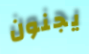
يجنون